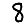
Digit: 8